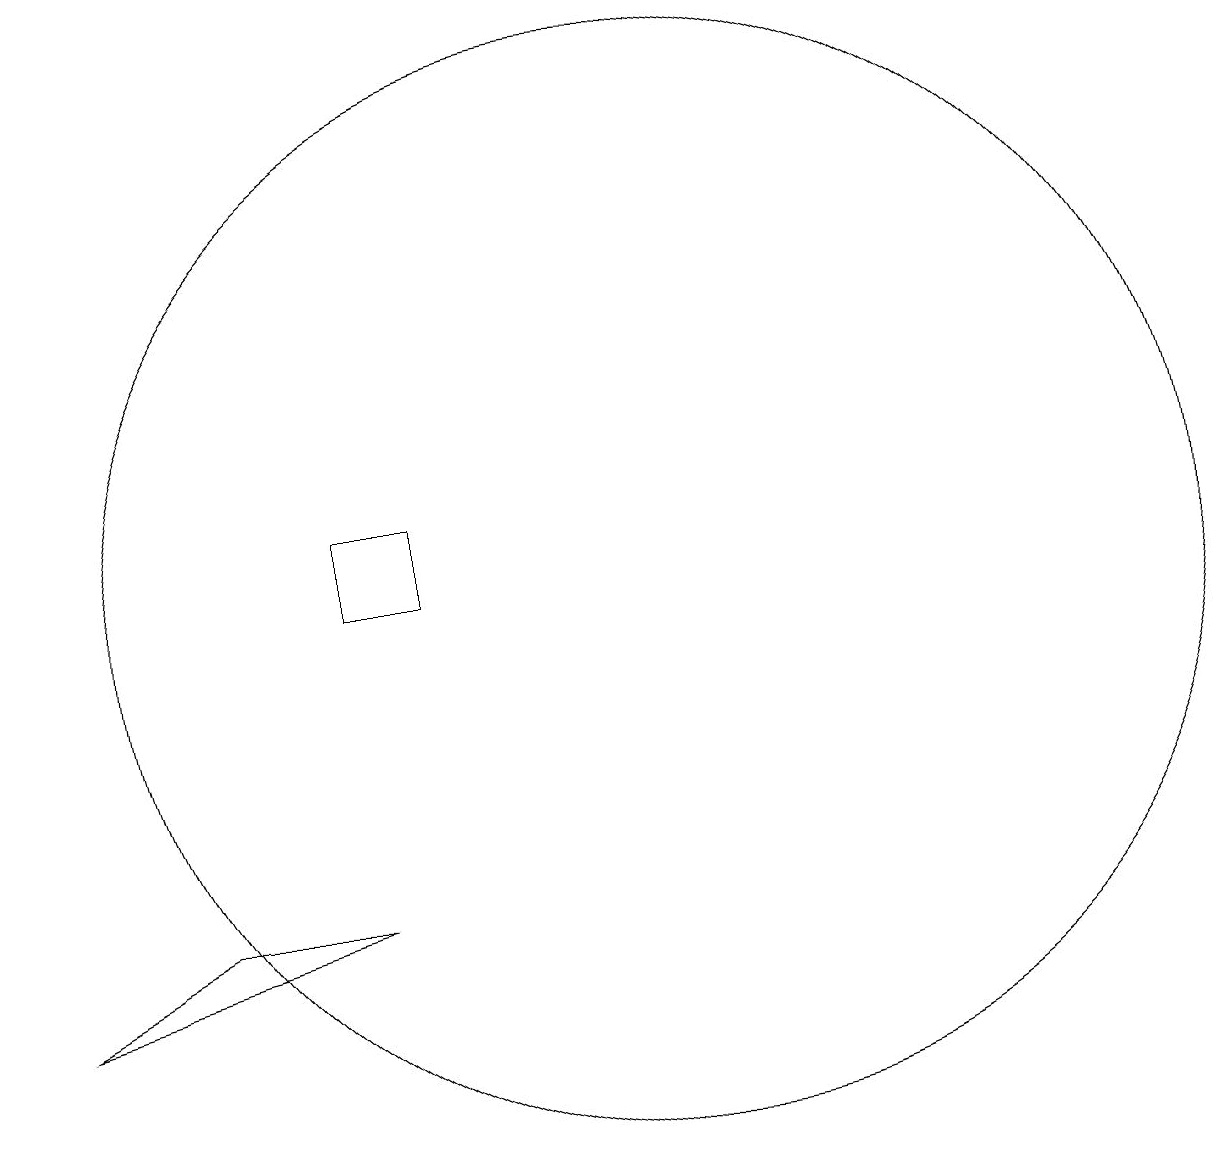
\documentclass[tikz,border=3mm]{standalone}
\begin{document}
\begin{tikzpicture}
\draw (10,12) circle (7);
\draw (7,13) rectangle (6,12);
\draw (4,8) -- (2,7) -- (6,8) -- cycle;
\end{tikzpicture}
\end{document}